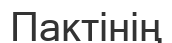
Пактінің